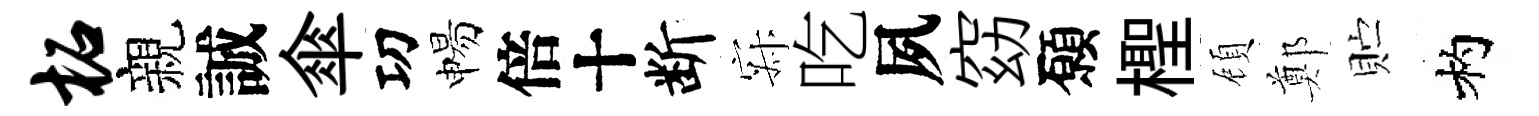
柘親誠傘㓛惕倍十断寂吃夙窈願檉頋鄭贮杓